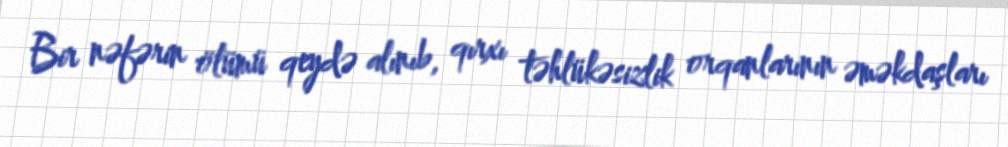
Bir nəfərin ölümü qeydə alınıb, qırxı təhlükəsizlik orqanlarının əməkdaşları